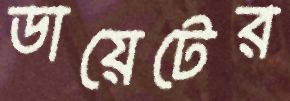
ডায়েটের